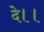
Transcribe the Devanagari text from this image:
दे।।